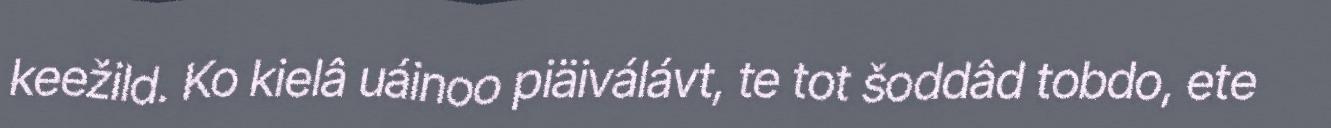
keežild. Ko kielâ uáinoo piäiválávt, te tot šoddâd tobdo, ete